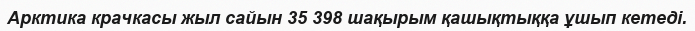
Арктика крачкасы жыл сайын 35 398 шақырым қашықтыққа ұшып кетеді.